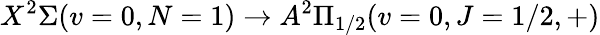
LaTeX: X^{2}\Sigma(v=0,N=1)\rightarrow A^{2}\Pi_{1/2}(v=0,J=1/2,+)